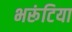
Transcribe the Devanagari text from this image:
भरूंटिया